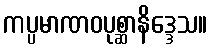
ကပ္ပမာဏဝပုစ္ဆာနိဒ္ဒေသ။